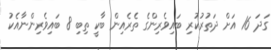
ގަދަ 16 އަށް ދަތުރުކުރި ބައިވެރިންގެ ތެރެއިން ބާކީ ތިބި 8 ބައިވެރިންނާއެކު